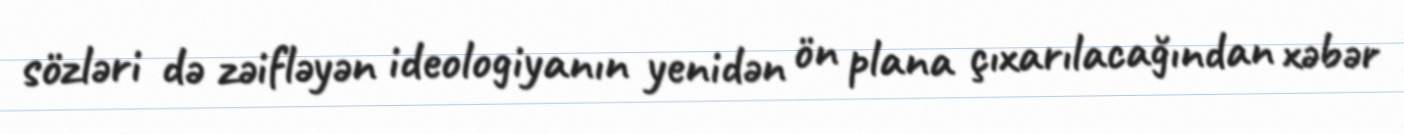
sözləri də zəifləyən ideologiyanın yenidən ön plana çıxarılacağından xəbər